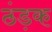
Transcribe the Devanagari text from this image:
ठंड़क